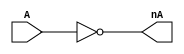
module Inverter( A,nA);
 input A;
 output nA;
  not inv1(nA,A);
endmodule

// Simulation parameters
// A CLK 10 10